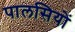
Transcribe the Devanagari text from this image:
पालसियों